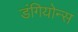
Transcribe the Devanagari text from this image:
डंगियोन्स